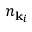
n _ { { \mathbf { k } } _ { i } }